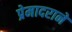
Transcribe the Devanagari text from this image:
प्रेमादराने